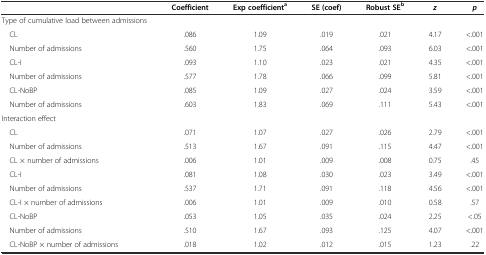
<table><thead><tr><td></td><td><b>Coefficient</b></td><td><b>Exp coefficient<sup>a</sup></b></td><td><b>SE (coef)</b></td><td><b>Robust SE<sup>b</sup></b></td><td><b><i>z</i></b></td><td><b><i>p</i></b></td></tr></thead><tbody><tr><td>Type of cumulative load between admissions</td><td></td><td></td><td></td><td></td><td></td><td></td></tr><tr><td> CL</td><td>.086</td><td>1.09</td><td>.019</td><td>.021</td><td>4.17</td><td>&lt;.001</td></tr><tr><td> Number of admissions</td><td>.560</td><td>1.75</td><td>.064</td><td>.093</td><td>6.03</td><td>&lt;.001</td></tr><tr><td> CL-I</td><td>.093</td><td>1.10</td><td>.023</td><td>.021</td><td>4.35</td><td>&lt;.001</td></tr><tr><td> Number of admissions</td><td>.577</td><td>1.78</td><td>.066</td><td>.099</td><td>5.81</td><td>&lt;.001</td></tr><tr><td> CL-NoBP</td><td>.085</td><td>1.09</td><td>.027</td><td>.024</td><td>3.59</td><td>&lt;.001</td></tr><tr><td> Number of admissions</td><td>.603</td><td>1.83</td><td>.069</td><td>.111</td><td>5.43</td><td>&lt;.001</td></tr><tr><td>Interaction effect</td><td></td><td></td><td></td><td></td><td></td><td></td></tr><tr><td> CL</td><td>.071</td><td>1.07</td><td>.027</td><td>.026</td><td>2.79</td><td>&lt;.001</td></tr><tr><td> Number of admissions</td><td>.513</td><td>1.67</td><td>.091</td><td>.115</td><td>4.47</td><td>&lt;.001</td></tr><tr><td> CL × number of admissions</td><td>.006</td><td>1.01</td><td>.009</td><td>.008</td><td>0.75</td><td>.45</td></tr><tr><td> CL-I</td><td>.081</td><td>1.08</td><td>.030</td><td>.023</td><td>3.49</td><td>&lt;.001</td></tr><tr><td> Number of admissions</td><td>.537</td><td>1.71</td><td>.091</td><td>.118</td><td>4.56</td><td>&lt;.001</td></tr><tr><td> CL-I × number of admissions</td><td>.006</td><td>1.01</td><td>.009</td><td>.010</td><td>0.58</td><td>.57</td></tr><tr><td> CL-NoBP</td><td>.053</td><td>1.05</td><td>.035</td><td>.024</td><td>2.25</td><td>&lt;.05</td></tr><tr><td> Number of admissions</td><td>.510</td><td>1.67</td><td>.093</td><td>.125</td><td>4.07</td><td>&lt;.001</td></tr><tr><td> CL-NoBP × number of admissions</td><td>.018</td><td>1.02</td><td>.012</td><td>.015</td><td>1.23</td><td>.22</td></tr></tbody></table>